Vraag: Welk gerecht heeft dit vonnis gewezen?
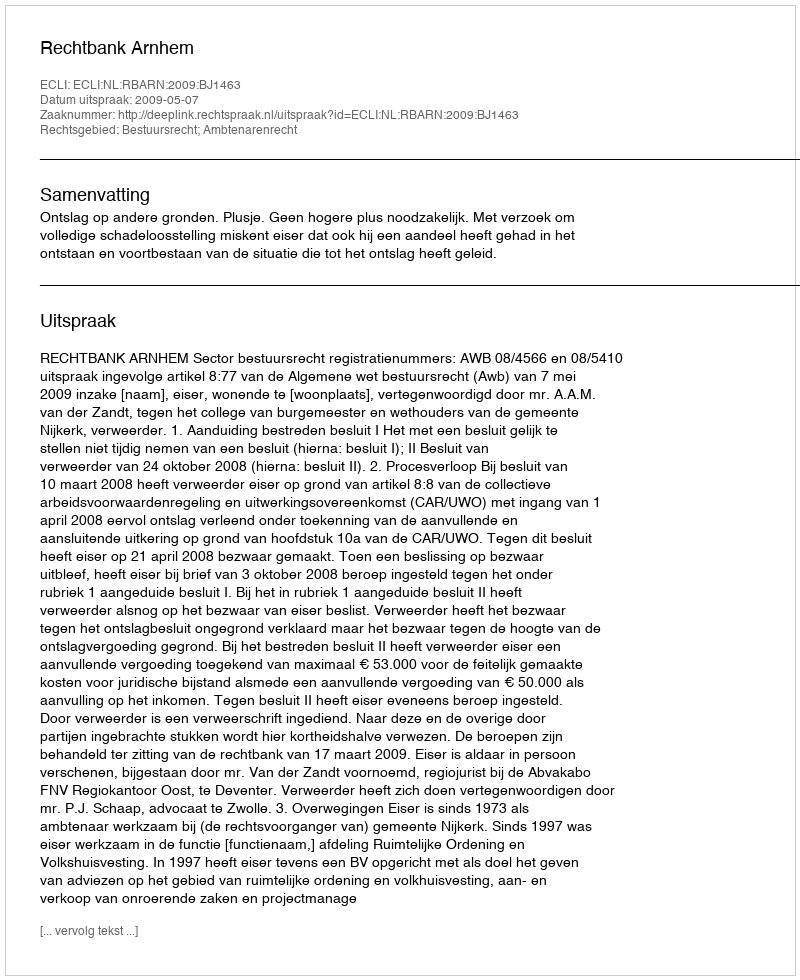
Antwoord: Rechtbank Arnhem